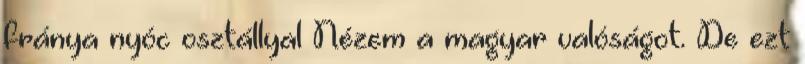
fránya nyóc osztállyal Nézem a magyar valóságot. De ezt